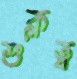
শুক্লত্ব